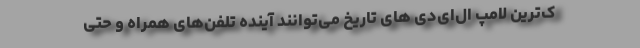
ک‌ترین لامپ ال‌ای‌دی های تاریخ می‌توانند آینده تلفن‌های همراه و حتی